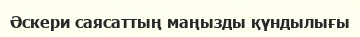
Әскери саясаттың маңызды қүндылығы